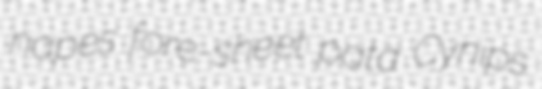
napes fore-sheet pata Cynips